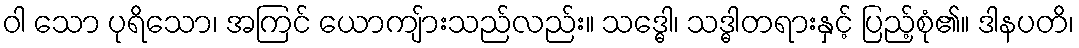
ဝါ သော ပုရိသော၊ အကြင် ယောကျ်ားသည်လည်း။ သဒ္ဓေါ၊ သဒ္ဓါတရားနှင့် ပြည့်စုံ၏။ ဒါနပတိ၊